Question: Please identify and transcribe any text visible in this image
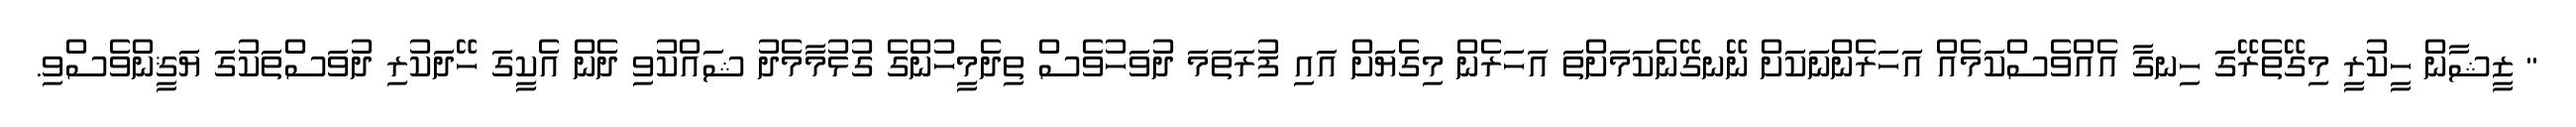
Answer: " ޒީޝާން ހީކުރީ މިގޭތެރޭގަ ހިނގާ އެއްވެސްކަމެއް އަހަރެންނަކަށް ނޭނގޭނެކަމަށްތަ އަހަރެން މިގެޔަށް އައި ފުރަތަމަ ދުވަހުވެސް ތިދެމީހުންގެ ގުޅުމާމެދު ޝައްކުވި ދެން އެކީގަ ހޭދަކުރި ދުވަސްތަކުގަ ޔަޤީންވެސްވި.